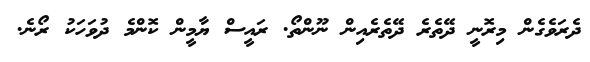
ދެރަވެގެން މިރޮނީ ދޭތެރެ ދޭތެރެއިން ނޫންތޯ. ރައީސް ޔާމީން ކޮންމެ ދުވަހަކު ރޯނެ.